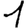
Digit: 1